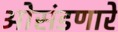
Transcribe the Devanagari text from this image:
ओसंडणारे